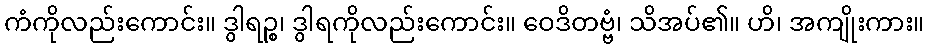
ကံကိုလည်းကောင်း။ ဒွါရဉ္စ၊ ဒွါရကိုလည်းကောင်း။ ဝေဒိတဗ္ဗံ၊ သိအပ်၏။ ဟိ၊ အကျိုးကား။